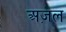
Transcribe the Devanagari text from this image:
अज़ल